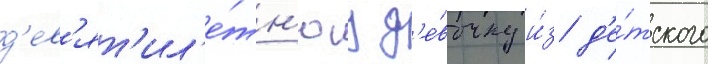
д'ев'ят'ил'е́тн'юу д'е́вочку и́з д'е́тского